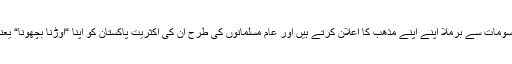
اپنے ناموں اپنی مذھبی رسومات سے برملا اپنے اپنے مذھب کا اعلان کرتے ہیں اور عام مسلمانوں کی طرح ان کی اکثریت پاکستان کو اپنا “اوڑنا بچھونا“ یعنی اپنا وطن سمجھتے ہیں۔